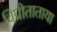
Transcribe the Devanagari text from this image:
विप्रीताताया